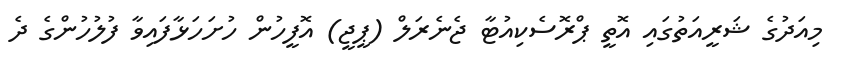
މިއަދުގެ ޝަރީއަތުގައި އޮތީ ޕްރޮސެކިއުޓާ ޖެނެރަލް (ޕީޖީ) އޮފީހުން ހުށަހަޅާފައިވާ ފުލުހުންގެ ދެ